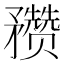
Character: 𥎝